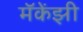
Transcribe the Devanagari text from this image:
मॅकेंझी